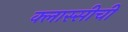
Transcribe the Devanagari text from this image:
क्लास्सीची